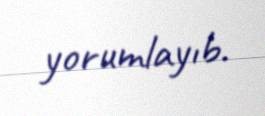
yorumlayıb.